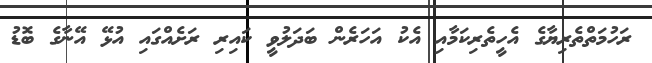
ރަހުމަތްތެރިޔާގެ އެހީތެރިކަމާއި އެކު އަހަރެން ބަދަލުވީ ކައިރި ރަށެއްގައި އުޅޭ އޭނާގެ ބޮޑު